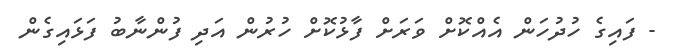
- ފައިގެ ހުދުހަން އެއްކޮށް ވަރަށް ފާޅުކޮށް ހުރުން އަދި ފުންނާބު ފަޅައިގެން